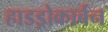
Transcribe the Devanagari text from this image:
हाडड्रोकार्बन